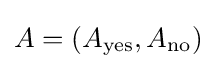
A=(A_{\text{yes}},A_{\text{no}})